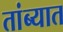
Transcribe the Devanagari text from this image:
तांब्यात